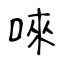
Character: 唻